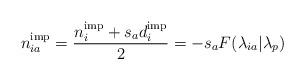
LaTeX: \begin{align*} n^{\rm imp}_{ia} = \frac{n_i^{\rm imp}+ s_ad_i^{\rm imp}}{2} = - s_aF(\lambda_{ia}|\lambda_p)\end{align*}